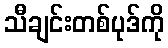
သီချင်းတစ်ပုဒ်ကို